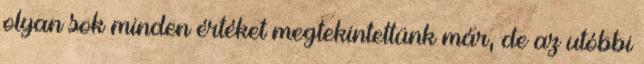
olyan sok minden értéket megtekintettünk már, de az utóbbi